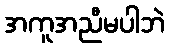
အကူအညီမပါဘဲ